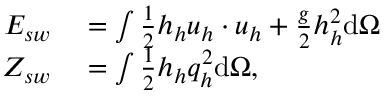
\begin{array} { r l } { E _ { s w } } & { { } = \int \frac { 1 } { 2 } h _ { h } \boldsymbol { u } _ { h } \cdot \boldsymbol { u } _ { h } + \frac { g } { 2 } h _ { h } ^ { 2 } \mathrm { d } \Omega } \\ { Z _ { s w } } & { { } = \int \frac { 1 } { 2 } h _ { h } q _ { h } ^ { 2 } \mathrm { d } \Omega , } \end{array}